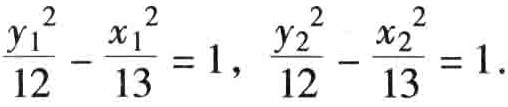
\(\frac{y_{1}^{2}}{12}-\frac{x_{1}^{2}}{13}=1,\ \frac{y_{2}^{2}}{12}-\frac{x_{2}^{2}}{13}=1.\)